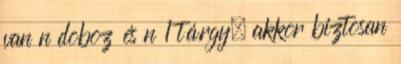
van n doboz és n 1 tárgy, akkor biztosan